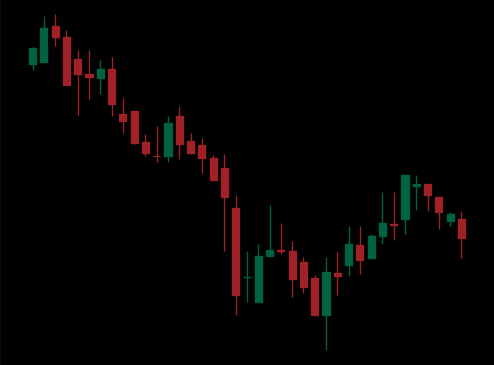
Pattern: bull_flag